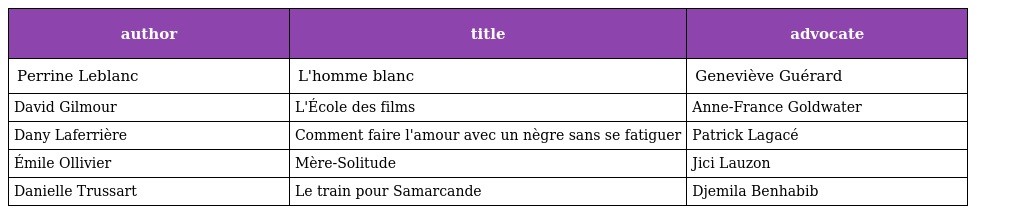
| author | title | advocate |
 | --- | --- | --- |
 | Perrine Leblanc | L'homme blanc | Geneviève Guérard |
 | David Gilmour | L'École des films | Anne-France Goldwater |
 | Dany Laferrière | Comment faire l'amour avec un nègre sans se fatiguer | Patrick Lagacé |
 | Émile Ollivier | Mère-Solitude | Jici Lauzon |
 | Danielle Trussart | Le train pour Samarcande | Djemila Benhabib |